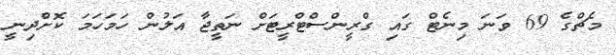
މެޗްގެ 69 ވަނަ މިނެޓް ގައި ގްރީންސްޓްރީޓަށް ނަތީޖާ އަލުން ހަމަހަމަ ކޮށްދިނީ